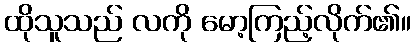
ထိုသူသည် လကို မော့ကြည့်လိုက်၏။